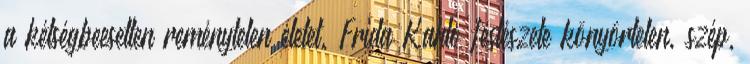
a kétségbeesetten reménytelen életet. Frida Kahlo festészete könyörtelen, szép,